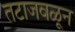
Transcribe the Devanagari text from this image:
तटाजवळून